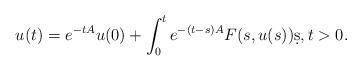
LaTeX: \begin{align*}u(t)= e^{-tA} u(0) + \int_0^t e^{-(t-s)A}F(s,u(s)) \d s,t>0.\end{align*}